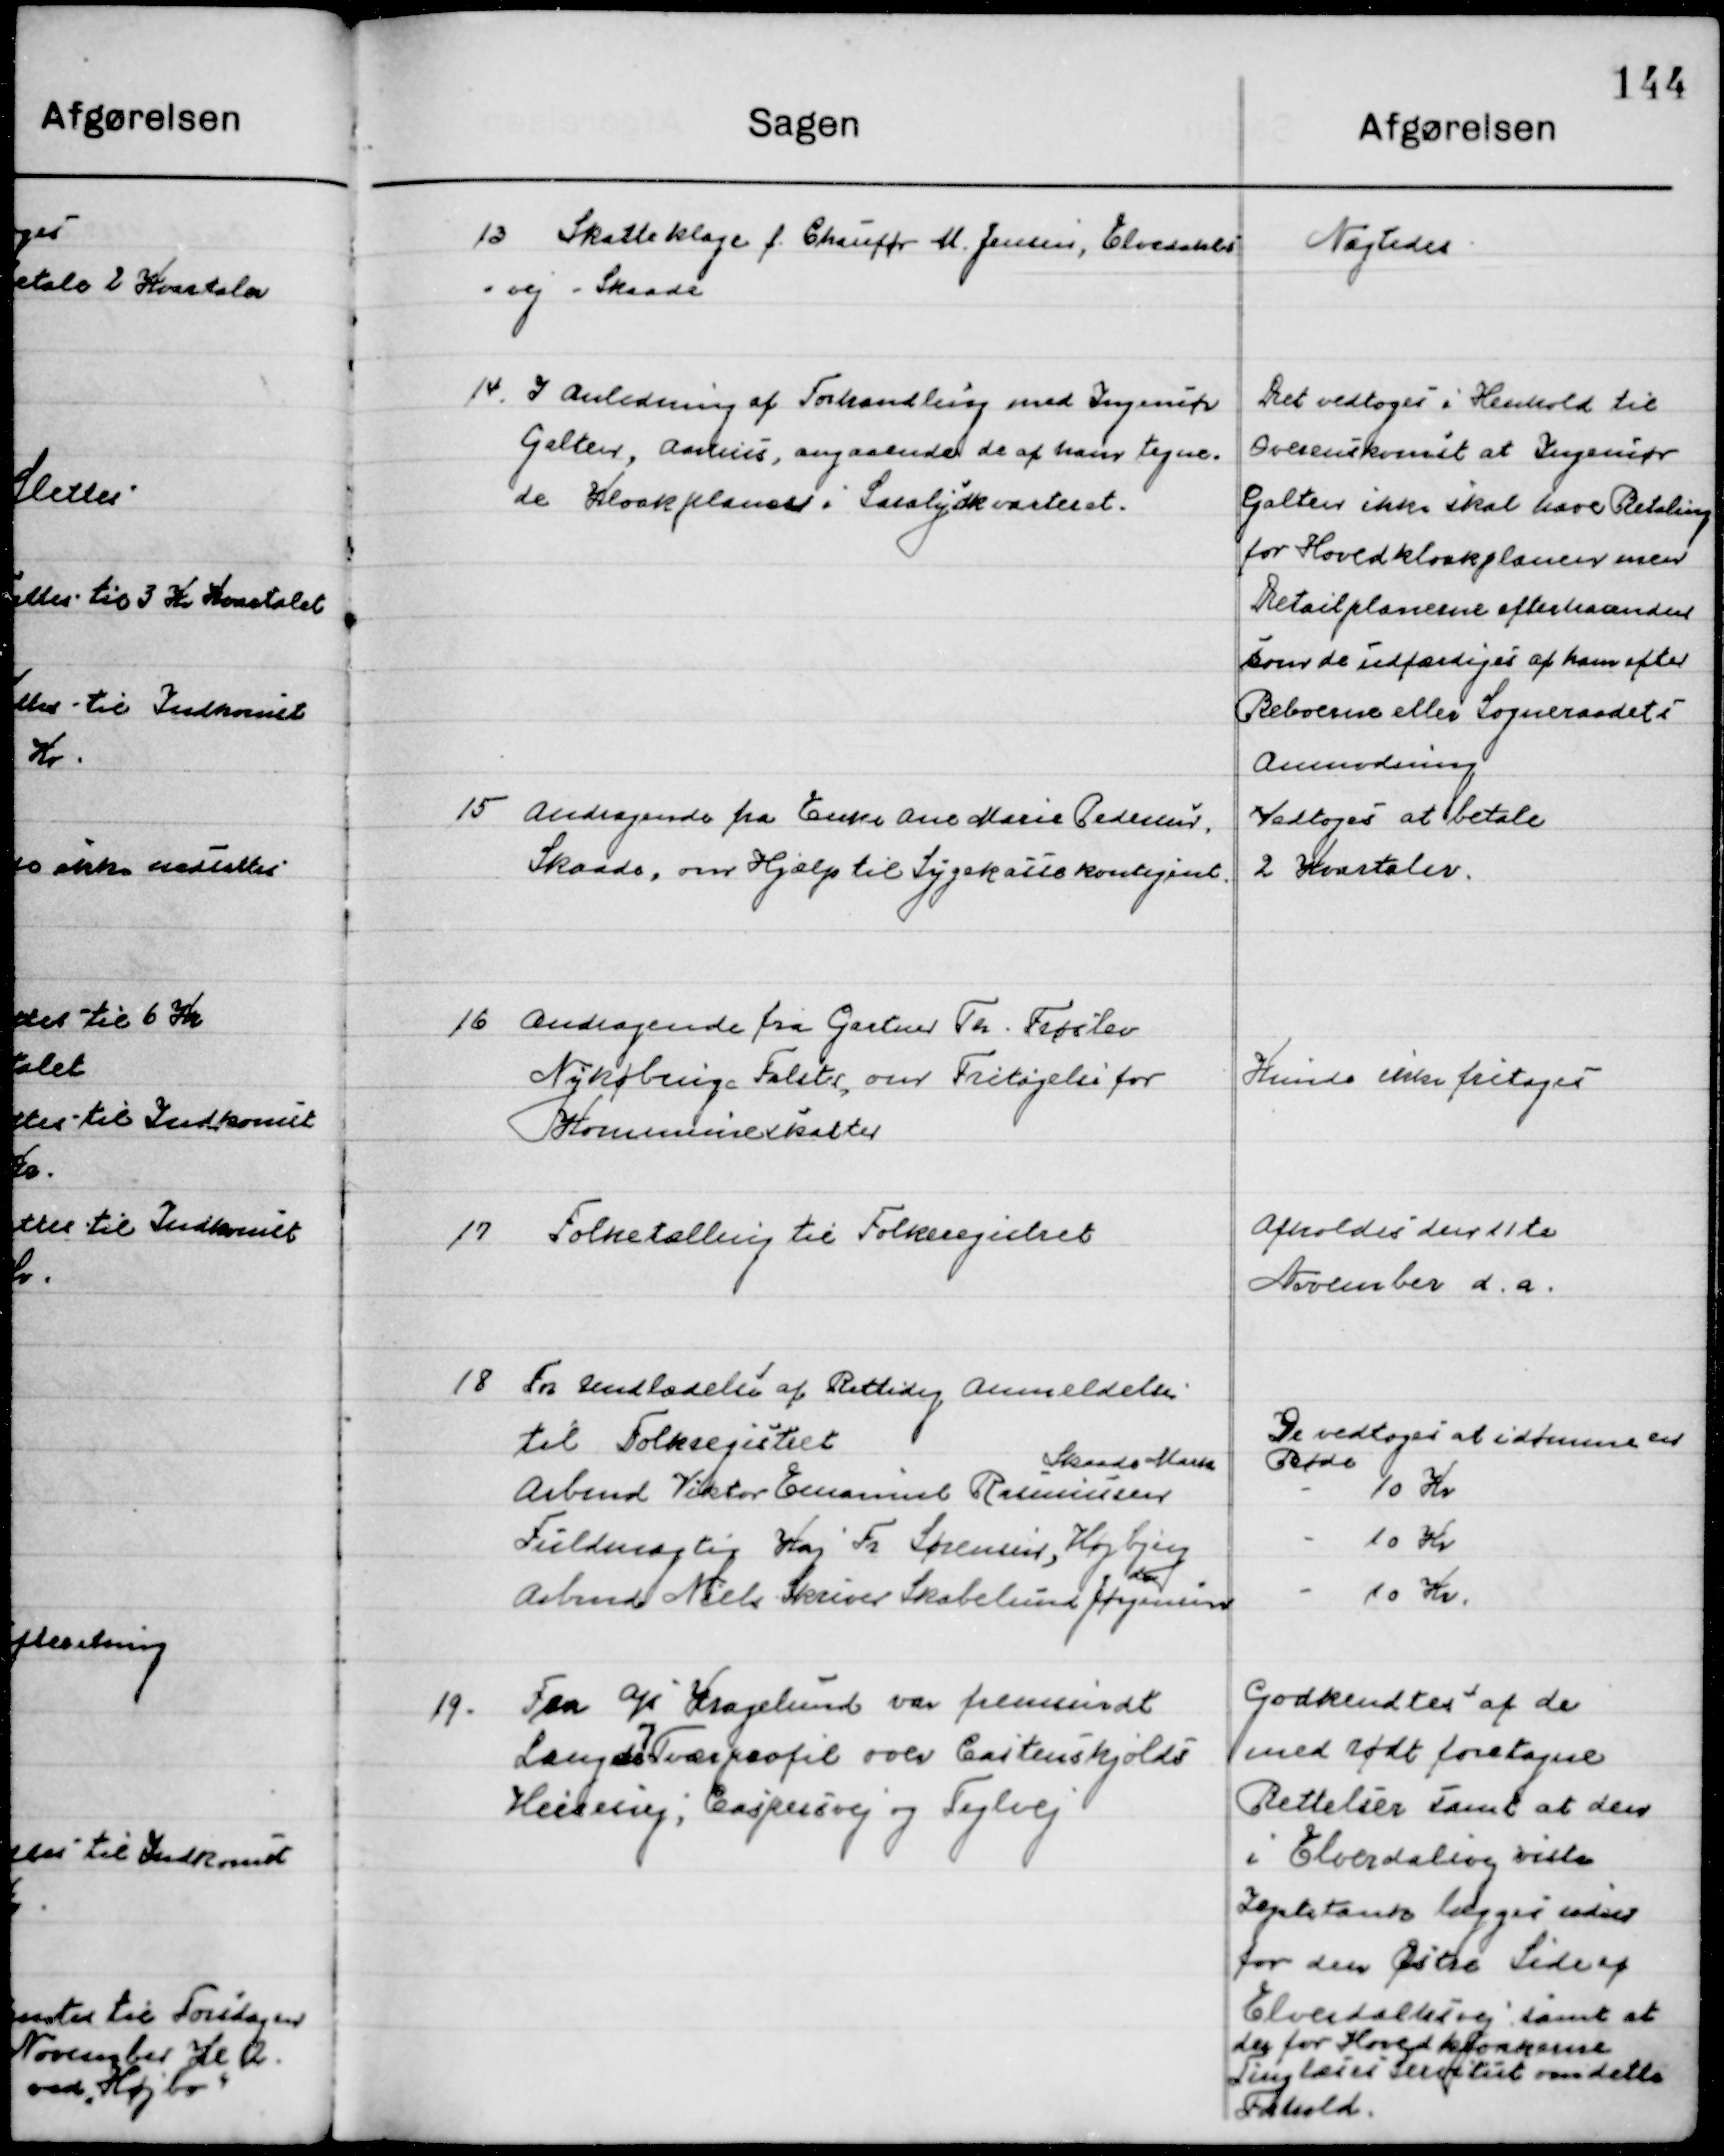
Transskription:
13

Skatteklage f. Chauffør M. Jensen, Elverdals-
vej Skaade.

Nægtedes

14

I Anledning af Forhandling med Ingeniør 
Galten, Aarhus, angaaende de af hans tegne-
de  Kloakplaner i Saralyst kvarteret.

Det vedtoges i Henholdt til
Overenskomst at Ingeniør
Galten ikke skal have Betaling 
for Hovedkloakplanen men
Detailplanerne efterhandledes
som de udfærdiges af ham efter
Beboerne eller Sogneraadet i
Anmodning

15

Andragende fra Enke Ane Marie Pedersen 
Skaade, om Hjælp til Sygekassekontingent.

Vedtoges at betale
2 Kvartaler

16

Andragende fra Gartner Th. Frøslev 
Nykøbing Falster, over Fritagelse for  
Kommuneskatter

Kunne ikke fritages

17

Folketælling til Folkeregisteret

Afholdtes den 11te
November d. a.

18

19.

Fra Aps Kragelund var fremsendt
Længde og Tværprofil over Castenskjolds
Hessevej, Caspersvej og Teglvej

Godkendtes af de
med rødt foretagne
Rettelser samt at den
I Elverdalsvej viste
Zeptiktank lægges inden
For den Østre Side af
Elvedalsvej samt at 
der for Hoved kloakkens
Tinglæses Eventuelt om dette 
Forhold.